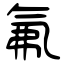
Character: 氟